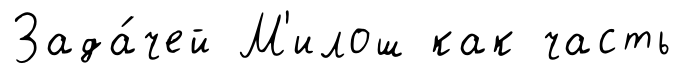
Зада́чей М'илош как часть